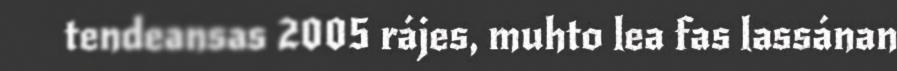
tendeansas 2005 rájes, muhto lea fas lassánan